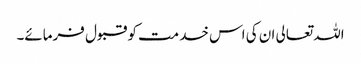
اللہ تعالی ان کی اس خدمت کو قبول فرمائے۔